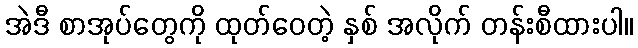
အဲဒီ စာအုပ်တွေကို ထုတ်ဝေတဲ့ နှစ် အလိုက် တန်းစီထားပါ။